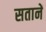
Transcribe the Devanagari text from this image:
सतानें